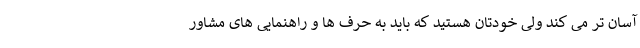
آسان تر می کند ولی خودتان هستید که باید به حرف ها و راهنمایی های مشاور